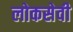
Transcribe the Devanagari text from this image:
लोकसेवी